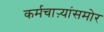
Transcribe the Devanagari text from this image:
कर्मचाऱ्यांसमोर